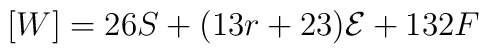
[W] = 26S + (13r +23){\cal{E}} + 132F